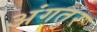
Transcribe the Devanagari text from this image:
अंगतुर